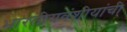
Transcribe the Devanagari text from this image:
भारतीयवंशीयांची